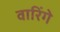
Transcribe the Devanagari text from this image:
वारिंगे